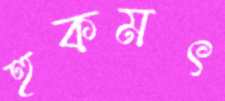
হুকমৎ